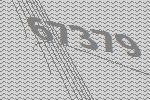
67379